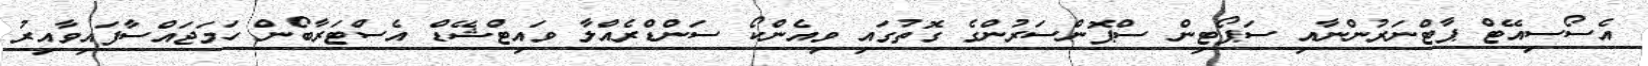
އެސޯސިއޭޓް ޕާޓްނަރުންނާއި ސަޕޯޓިން ސްޕޮންސަރުންގެ ގޮތުގައި ވިއެންކޯ ސަންޑްރެއްލާ ވައިޓްޝޭޑް އެސްޓަރާބޯން ހަމަޖައްސާފައިވާއިރު